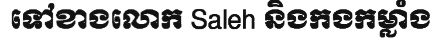
ទៅខាងលោក Saleh និងកងកម្លាំង